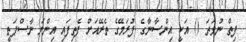
ފިތް ނުވަތަ () އަކީ އިންސާނާގެ ފުރަމޭގެ ތެރޭއަށް ފެތިފައި އިންނަ ނާސްޕަތީ